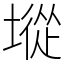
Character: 㙡